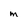
Character: m